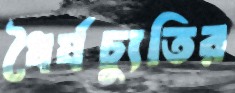
ধৈর্যচ্যুতির